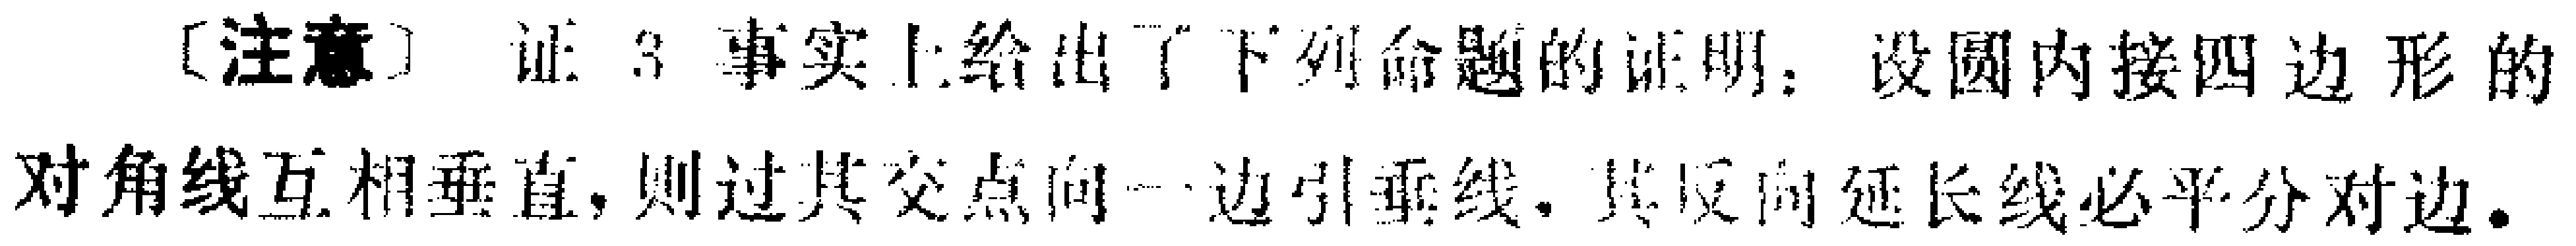
[注意] 证3事实上给出了下列命题的证明：设圆内接四边形的对角线互相垂直，则过其交点向一边引垂线，其反向延长线必平分对边。